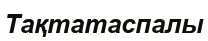
Тақтатаспалы